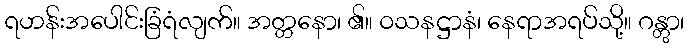
ရဟန်းအပေါင်းခြံရံလျက်။ အတ္တနော၊ ၏။ ဝသနဋ္ဌာနံ၊ နေရာအရပ်သို့။ ဂန္တွာ၊